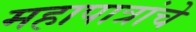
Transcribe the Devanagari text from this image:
महापात्रांचे